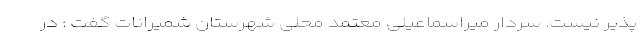
پذیر نیست. سردار میراسماعیلی معتمد محلی شهرستان شمیرانات گفت : در